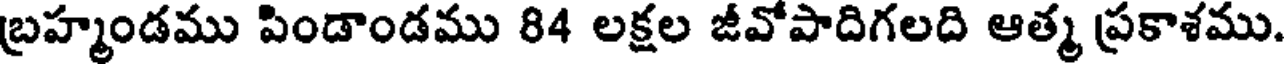
బ్రహ్మండము పిండాండము 84 లక్షల జీవోపాదిగలది ఆత్మ ప్రకాశము.